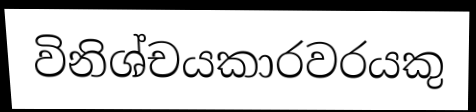
විනිශ්චයකාරවරයකු